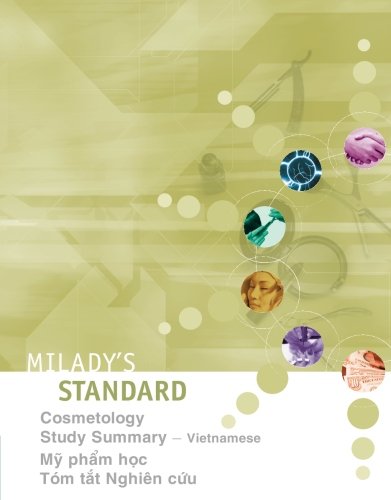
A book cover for Milady's Standard: Cosmetology Study Summary, Vietnamese (Vietnamese Edition); Milady; Business & Money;